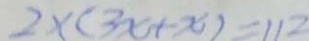
2 \times ( 3 x + x ) = 1 1 2